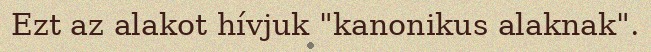
Ezt az alakot hívjuk "kanonikus alaknak".